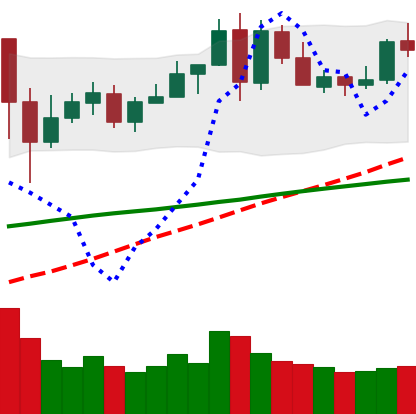
Ticker: LINK-USD
Chart end date: 2020-05-29
Forward return: 12.646%
Label: up_7plus